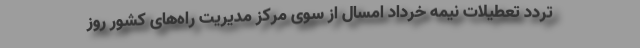
تردد تعطیلات نیمه خرداد امسال از سوی مرکز مدیریت راه‌های کشور روز